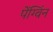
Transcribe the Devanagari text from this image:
पेंग्विंन